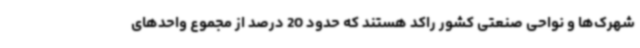
شهرک‌ها و نواحی صنعتی کشور راکد هستند که حدود 20 درصد از مجموع واحدهای